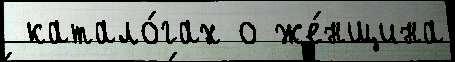
 катало́гах о же́нщина